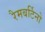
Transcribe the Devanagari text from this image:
रैमबर्टिनो